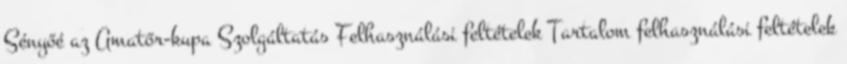
Sényőé az Amatőr-kupa Szolgáltatás Felhasználási feltételek Tartalom felhasználási feltételek